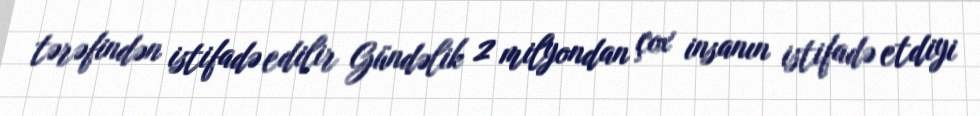
tərəfindən istifadə edilir Gündəlik 2 milyondan çox insanın istifadə etdiyi